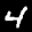
Label: 4